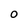
Character: 0